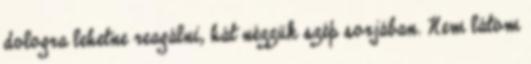
dologra lehetne reagálni, hát nézzük szép sorjában. Nem látom